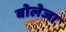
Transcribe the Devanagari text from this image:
बोलेजा